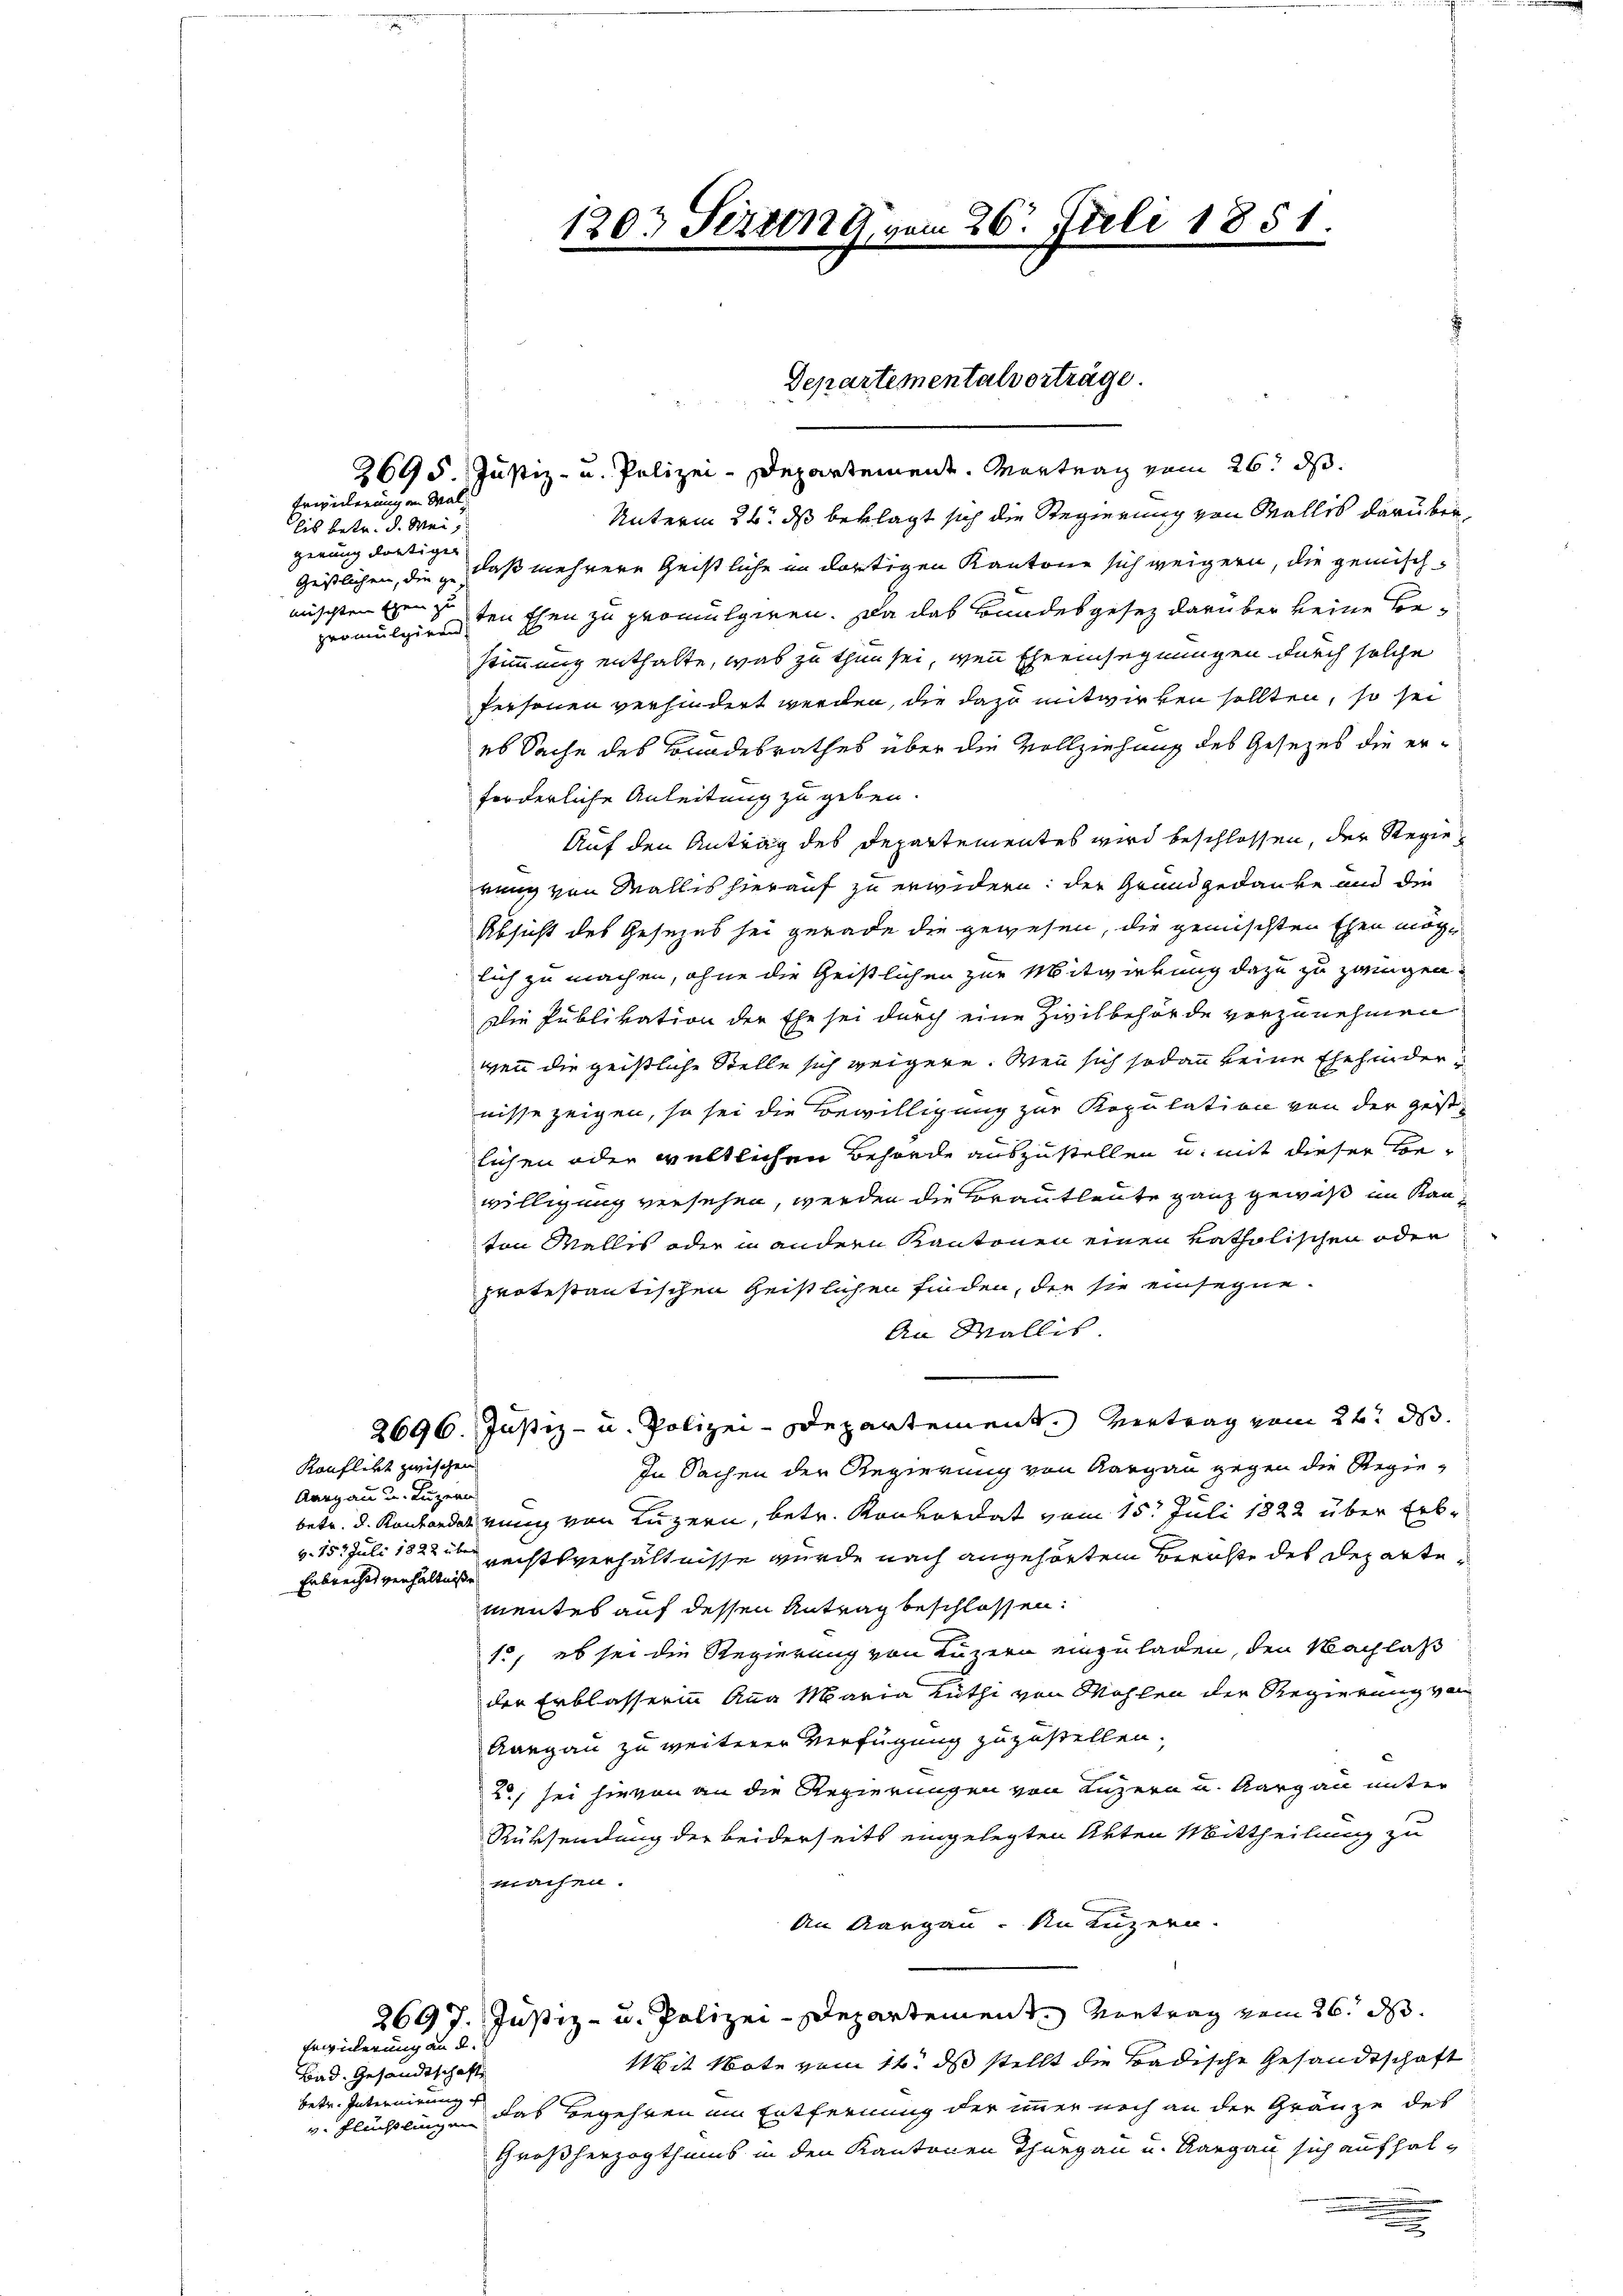
Erwiderung an Mal

lis betr. d. Weigerung dortiger
mischten Ehen zu

Konflikt zwischen
Aargau u. Luzern
Erbrechtsverhältniße

Bad. Gesandtschafte
v. Flüchtlingen

Erwiderung an d.

2695. Justiz- u. Polizei-Departement. Montrag vom 26. ds.
Unterm 26. ds beklagt sich die Regierung von Wallis darüber¬
Geistlichen, die „daß mehrere Geistliche in dortigen Kantone sich weigern, die gemischpromulgien den Ehen zu promulgiren. Da das Bundesgesez darüber keine Bestimmung enthalte, was zu thun sei, wenn Eheeinsegnungen durch solche
Personen verhindert werden, die dazu mitwirken sollten, so sei
es Sache des Bundesrathes über die Vollziehung des Gesetzes die erforderliche Anleitung zu geben.
Auf den Antrag des Departementes wird beschlossen, der Regierung von Wallis hierauf zu erwidern der Grundgedanke und die
Absicht des Gesezes sei gerade die gewesen, die gemischten Ehen möglich zu machen, ohne die Geistlichen zur Mitwirkung dazu zu zwingen.
Die Publikation der Ehe sei durch eine Zivilbehörde vorzunehmen
wenn die geistliche Stelle sich weigern. Wenn sich sodann keine Ehehinder
nisse zeigen, so sei die Bewilligung zur Kopulation von der gest
lichen oder weltlichen Behörde auszustellen u. mit dieser Bewilligung versehen, werden die Brautleute ganz gewiß im Kanten Wallis oder in andern Kantonen einen katholischen oder
protestantischen Geistlichen finden, die sie einsegne¬
An Wallis
2696. Justiz- u. Polizei-Departement. Vertrag vom 26t d.
In Sachen der Regierung von Aargau gegen die Regiebetr. d. Konkordat ving von Luzern, betr. Konkordat vom 15. Juli 1822 über Erbv. 15. Juli 1822 Rechtsverhältnisse wurde nach angehörten Berichte des Departementes auf dessen Antrag beschlossen:
10, es sei die Regierung von Luzern einzuladen, den Nachlaß
der Erblasserinn Anna Maria Lüthi von Mohlen der Regierung von
Aargau zu weiterer Verfügung zuzustellen.
2 sei hievon an die Regierungen von Luzern und Aargau unter
Rüksendung der beiderseits eingelegten Akten Mittheilung zu
machen.
An Aargau. An Luzern.
2697. Justiz- u. Polizei-Departement. Vortrag vom 26. d.
Mit Note vom 11. ds stellt die Badische Gesandtschaft
betr. Internirung das Begehren um Entfernung der immer noch an der Gränze des
Großherzogthums in den Kantonen Thurgau u. Aargau sich aufhal¬

1203 Seiten vom 26. Juli 1851.

Departementalverträge.